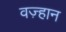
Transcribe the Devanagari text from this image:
वज़्हान